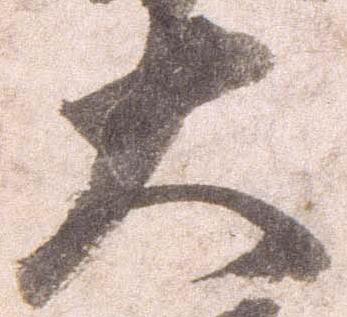
大